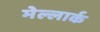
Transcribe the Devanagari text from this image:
मेल्लार्क